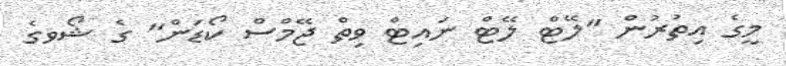
މީގެ އިތުރުން "ލޭޓް ލޭޓް ނައިޓް ވިތް ޖޭމްސް ކޯޑަން" ގެ ޝޯވގެ